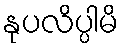
နုပလိပ္ပါမိ